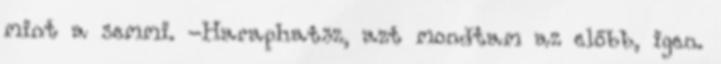
mint a semmi. -Haraphatsz, azt mondtam az előbb, igen.